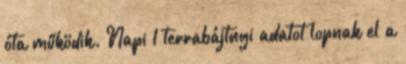
óta működik. Napi 1 terrabájtnyi adatot lopnak el a